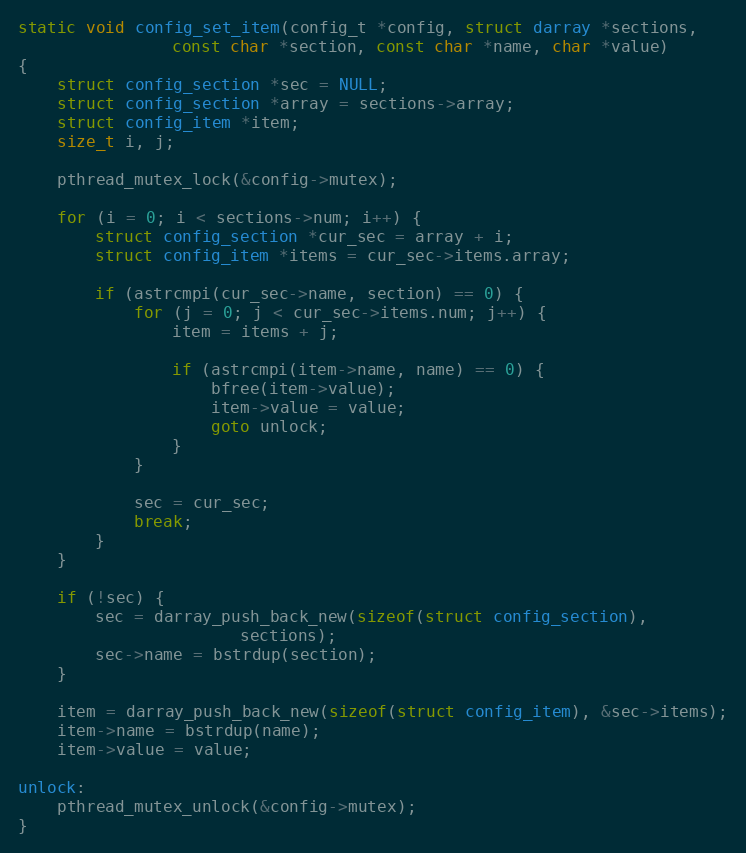
Language: C
static void config_set_item(config_t *config, struct darray *sections,
			    const char *section, const char *name, char *value)
{
	struct config_section *sec = NULL;
	struct config_section *array = sections->array;
	struct config_item *item;
	size_t i, j;

	pthread_mutex_lock(&config->mutex);

	for (i = 0; i < sections->num; i++) {
		struct config_section *cur_sec = array + i;
		struct config_item *items = cur_sec->items.array;

		if (astrcmpi(cur_sec->name, section) == 0) {
			for (j = 0; j < cur_sec->items.num; j++) {
				item = items + j;

				if (astrcmpi(item->name, name) == 0) {
					bfree(item->value);
					item->value = value;
					goto unlock;
				}
			}

			sec = cur_sec;
			break;
		}
	}

	if (!sec) {
		sec = darray_push_back_new(sizeof(struct config_section),
					   sections);
		sec->name = bstrdup(section);
	}

	item = darray_push_back_new(sizeof(struct config_item), &sec->items);
	item->name = bstrdup(name);
	item->value = value;

unlock:
	pthread_mutex_unlock(&config->mutex);
}